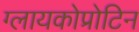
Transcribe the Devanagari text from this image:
ग्लायकोप्रोटिन